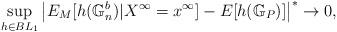
LaTeX: \begin{align*}\sup_{h\in BL_1}\left|E_M[h(\mathbb G^b_{n})|X^\infty=x^\infty]-E[h(\mathbb G_P)]\right|^*\to 0,\end{align*}